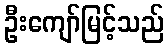
ဦးကျော်မြင့်သည်